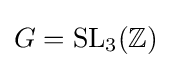
G=\mathrm {SL} _{3}(\mathbb {Z} )